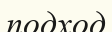
подход